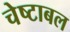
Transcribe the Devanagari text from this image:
चेष्टाबल